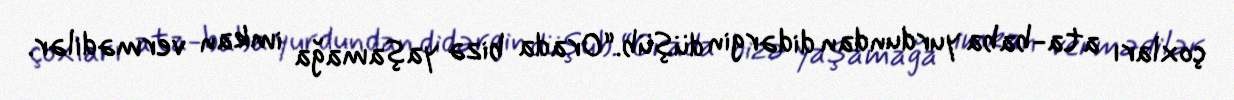
çoxları ata-baba yurdundan didərgin düşüb.“Orada bizə yaşamağa imkan vermədilər.